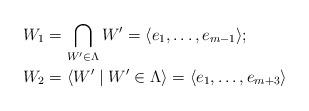
LaTeX: \begin{align*} W_1 &= \bigcap\limits_{W'\in \Lambda} W' = \langle e_1,\dots, e_{m-1}\rangle; \\ W_2 &= \langle W' \mid W'\in\Lambda\rangle = \langle e_1,\dots, e_{m+3}\rangle\end{align*}